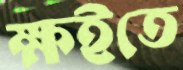
ক্ষইতে